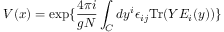
V ( x ) = \exp \{ { \frac { 4 \pi i } { g N } } \int _ { C } d y ^ { i } \epsilon _ { i j } \mathrm { T r } ( Y E _ { i } ( y ) ) \}